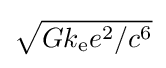
{\sqrt {{Gk_{\text{e}}e^{2}}/{c^{6}}}}